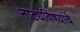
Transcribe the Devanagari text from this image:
नाट्यविषयांचे